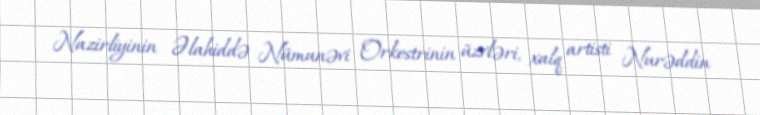
Nazirliyinin Əlahiddə Nümunəvi Orkestrinin üzvləri, xalq artisti Nurəddin